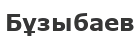
Бұзыбаев